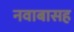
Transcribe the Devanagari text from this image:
नवाबासह